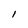
Character: I